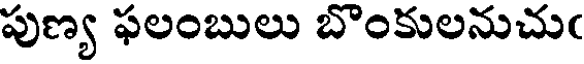
పుణ్య ఫలంబులు బొంకులనుచుఁ